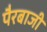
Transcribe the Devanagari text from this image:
पैरबाजी